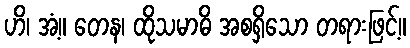
ဟိ၊ အံ့။ တေန၊ ထိုသမာဓိ အစရှိသော တရားဖြင့်။